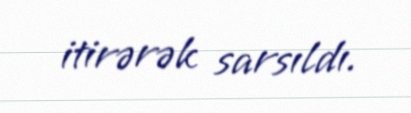
itirərək sarsıldı.